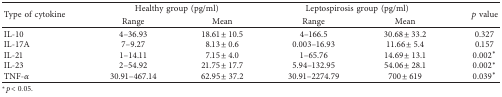
| <ROWSPAN=2> Type of cytokine | <COLSPAN=2> Healthy group (pg/ml) | <COLSPAN=2> Leptospirosis group (pg/ml) | <ROWSPAN=2> p value |
 | Range | Mean | Range | Mean |
 | --- | --- | --- | --- | --- | --- |
 | IL-10 | 4–36.93 | 18.61 ± 10.5 | 4–166.5 | 30.68 ± 33.2 | 0.327 |
 | IL-17A | 7–9.27 | 8.13 ± 0.6 | 0.003–16.93 | 11.66 ± 5.4 | 0.157 |
 | IL-21 | 1–14.11 | 7.15 ± 4.0 | 1–65.76 | 14.69 ± 13.1 | 0.002∗ |
 | IL-23 | 2–54.92 | 21.75 ± 17.7 | 5.94–132.95 | 54.06 ± 28.1 | 0.002∗ |
 | TNF-α | 30.91–467.14 | 62.95 ± 37.2 | 30.91–2274.79 | 700 ± 619 | 0.039∗ |